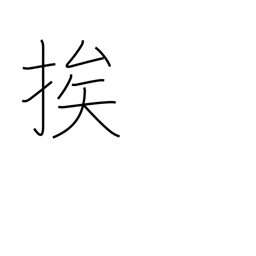
Meaning: draw near